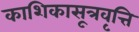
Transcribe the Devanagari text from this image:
काशिकासूत्रवृत्ति